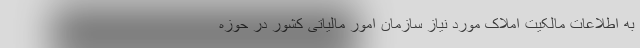
به اطلاعات مالکیت املاک مورد نیاز سازمان امور مالیاتی کشور در حوزه